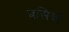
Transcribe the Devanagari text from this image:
बसिबो